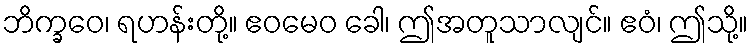
ဘိက္ခဝေ၊ ရဟန်းတို့။ ဧဝမေဝ ခေါ၊ ဤအတူသာလျင်။ ဧဝံ၊ ဤသို့။